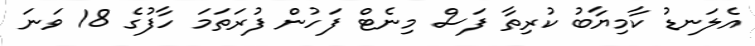
އެލަނޑު ކާމިޔާބު ކުރިތާ ފަސް މިނެޓް ފަހުން ފުރަތަމަ ހާފުގެ 18 ވަނަ